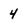
Character: 4